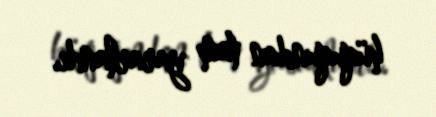
hüququndan tam yararlandı.